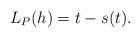
LaTeX: \begin{align*} \begin{aligned}L_P(h)=t-s(t). \end{aligned} \end{align*}